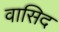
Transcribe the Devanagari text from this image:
वासिद